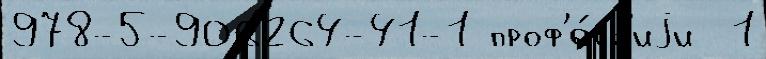
978-5-906264-41-1 проф'е́сс'иjи  1